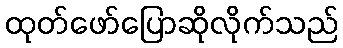
ထုတ်ဖော်ပြောဆိုလိုက်သည်